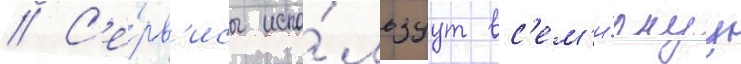
// С'е́рв'исы испо́льзуут вс'ем'и́рнуу